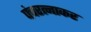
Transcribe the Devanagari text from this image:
पंचरत्नाकर